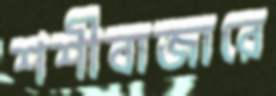
শশীবাজারে